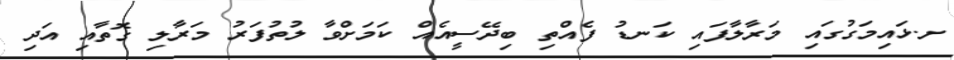
ށ.ޅައިމަގުގައި މަރާލާފައި ކަނޑު ފެއްތި ބިދޭސީއެއް ކަމަށްވާ ލުތުފަރު މަރާލި ގޮތާއި އަދި